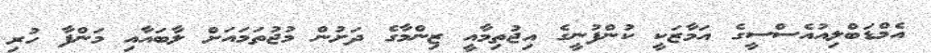
އެމްޑަބްލިއުއެސްސީގެ އަމާޒަކީ ކުންފުނީގެ އިޖުތިމާއީ ޒިންމާގެ ދަށުން މުޖުތަމައަށް ލާބައާއި މަންފާ ހުރި